Sketch of the medical history of the native army of Bombay, for the year
Year: 1872
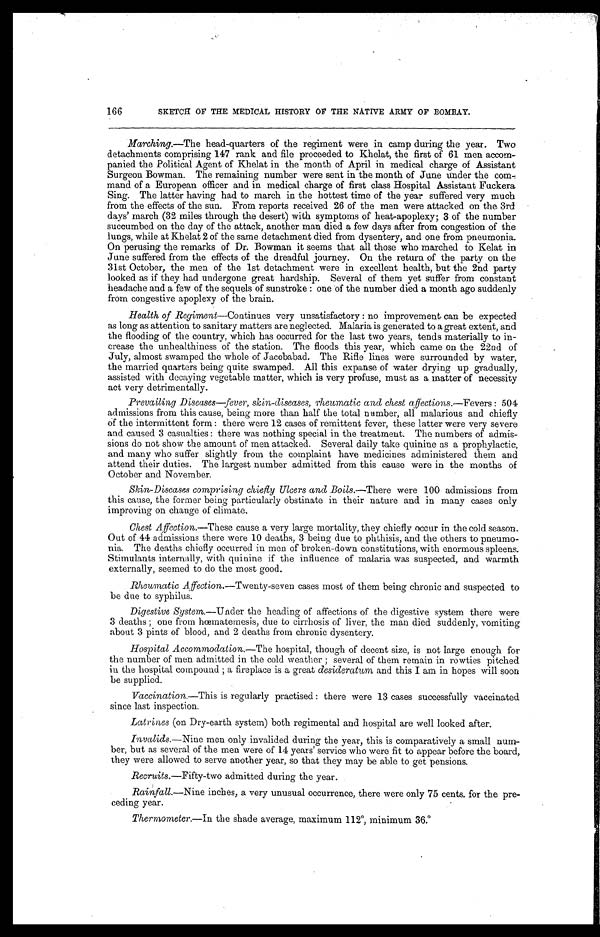
SKETCH OF THE MEDICAL HISTORY OF THE NATIVE ARMY OF BOMBAY.
Marching.—The head-quarters of the regiment were in camp during the year. Two
detachments comprising 147 rank and file proceeded to Khelat, the first of 61 men accom-
panied the Political Agent of Khelat in the month of April in medical charge of Assistant
Surgeon Bowman. The remaining number were sent in the month of June under the
c o m m a n d o f a E u r o p e a n o f f i c e r a n d i n m e d i c a l c h a r g e o f f i r s t c l a s s H o s p i t a l A s s i s t a n t F u c k e r a
Sing. The latter having had to march in the hottest time of the year suffered very much
from the effects of the sun. From reports received 26 of the men were attacked on the 3rd
days' march (32 miles through the desert) with symptoms of heat-apoplexy; 3 of the number
succumbed on the day of the attack, another man died a few days after from congestion of the
lungs, while at Khelat 2 of the same detachment died from dysentery, and one from pneumonia.
On perusing the remarks of Dr. Bowman it seems that all those who marched to Kelat in
June suffered from the effects of the dreadful journey. On the return of the party on the
31st October, the men of the 1st detachment were in excellent health, but the 2nd party
looked as if they had undergone great hardship. Several of them yet suffer from constant
headache and a few of the sequels of sunstroke: one of the number died a month ago suddenly
from congestive apoplexy of the brain.
Health of Regiment—Continues very unsatisfactory: no improvement can be expected
as long as attention to sanitary matters are neglected. Malaria is generated to a great extent, and
the flooding of the country, which has occurred for the last two years, tends materially to in-
crease the unhealthiness of the station. The floods this year, which came on the 22nd of
July, almost swamped the whole of Jacobabad. The Rifle lines were surrounded by water,
the married quarters being quite swamped. All this expanse of water drying up gradually,
assisted with decaying vegetable matter, which is very profuse, must as a matter of necessity
act very detrimentally.
Prevailing Diseases—fever, skin-diseases, rheumatic and chest affections.—Fevers: 504
admissions from this cause, being more than half the total number, all malarious and chiefly
of the intermittent form: there were 12 cases of remittent fever, these latter were very severe
and caused 3 casualties: there was nothing special in the treatment. The numbers of admis-
sions do not show the amount of men attacked. Several daily take quinine as a prophylactic,
and many who suffer slightly from the complaint have medicines administered them and
attend their duties. The largest number admitted from this cause were in the months of
October and November.
Skin-Diseases comprising chiefly Ulcers and Boils.—There were 100 admissions from
this cause, the former being particularly obstinate in their nature and in many cases only
improving on change of climate.
Chest Affection.—These cause a very large mortality, they chiefly occur in the cold season.
Out of 44 admissions there were 10 deaths, 3 being due to phthisis, and the others to pneumo-
nia. The deaths chiefly occurred in men of broken-down constitutions, with enormous spleens.
Stimulants internally, with quinine if the influence of malaria was suspected, and warmth
externally, seemed to do the most good.
Rheumatic Affection.—Twenty-seven cases most of them being chronic and suspected to
be due to syphilus.
Digestive system—Under the heading of affections of the digestive system there were
3 deaths; one from hœmatemesis, due to cirrhosis of liver, the man died suddenly, vomiting
about 3 pints of blood, and 2 deaths from chronic dysentery.
Hospital Accommodation.—The hospital, though of decent size, is not large enough for
the number of men admitted in the cold weather; several of them remain in rowties pitched
in the hospital compound; a fireplace is a great desideratum and this I am in hopes will soon
be supplied.
Vaccination.—This is regularly practised: there were 13 cases successfully vaccinated
since last inspection.
Latrines (on D ry-earth system) both regimental and hospital are well looked after.
Invalids.—Nine men only invalided during the year, this is comparatively a small num-
ber, but as several of the men were of 14 years' service who were fit to appear before the board,
they were allowed to serve another year, so that they may be able to get pensions.
Recruits.—Fifty-two admitted during the year.
Rai Nfal l . —N i n e
inches, a very unusual occurrence, there were only 75 cents, for the pre-
ceding year.
Thermometer.— In the shade average, maximum 112°, minimum 36.°1
66